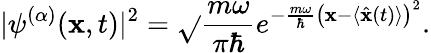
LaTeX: |\psi^{(\alpha)}(\mathbf{x},t)|^{2}={\sqrt{}{{\frac{{m\omega}}{{\pi\hbar}}}}}e^{-{\frac{{m\omega}}{{\hbar}}}\left(\mathbf{x}-\langle{\hat{{\mathbf{x}}}}(t)\rangle\right)^{2}}.